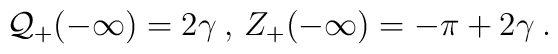
{\cal Q}_{+}(-\infty )=2\gamma \: ,\, Z_{+}(-\infty )=-\pi +2\gamma \: .